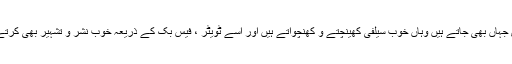
مودی جہاں بھی جاتے ہیں وہاں خوب سیلفی کھینچتے و کھنچواتے ہیں اور اسے ٹویٹر ، فیس بک کے ذریعہ خوب نشر و تشہیر بھی کرتے ہیں۔